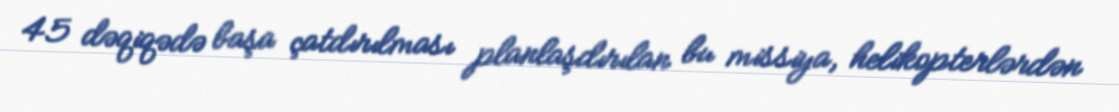
45 dəqiqədə başa çatdırılması planlaşdırılan bu missiya, helikopterlərdən